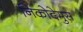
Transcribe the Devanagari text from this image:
निकोदेमुस